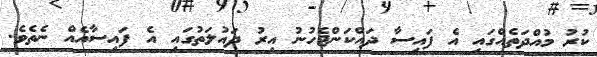
ކުރު މުއްދަތެއްގައި އެ ފައިސާ ދައްކަންޖެހުނު އިރު ދައުލަތުގައި އެ ފައިސާއެއް ނެތެވެ.